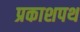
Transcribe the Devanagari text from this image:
प्रकाशपथ